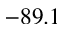
- 8 9 . 1